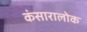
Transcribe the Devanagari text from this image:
कंसारालोक